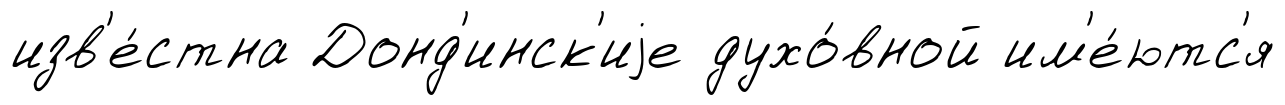
изв'е́стна Донд'инск'иjе духо́вной им'е́ютс'я